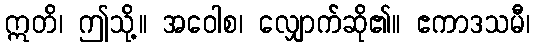
ဣတိ၊ ဤသို့။ အဝေါစ၊ လျှောက်ဆို၏။ ဧကာဒသမီ၊